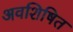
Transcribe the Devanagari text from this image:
अवशिषित